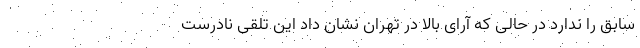
سابق را ندارد در حالی که آرای بالا در تهران نشان داد این تلقی نادرست